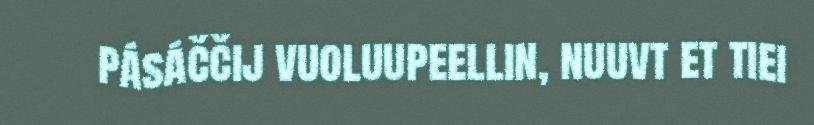
pásáččij vuoluupeellin, nuuvt et tiei